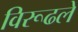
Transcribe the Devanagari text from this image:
विरूढले